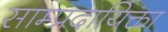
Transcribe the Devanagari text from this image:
साम्प्रदायिक्ता